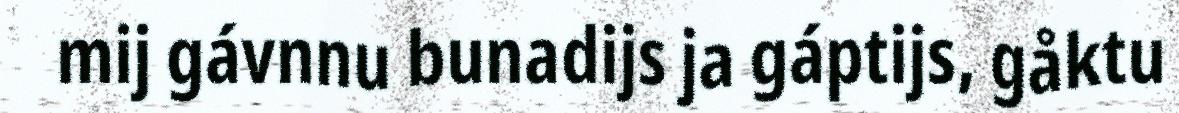
mij gávnnu bunadijs ja gáptijs, gåktu